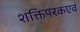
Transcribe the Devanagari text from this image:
शक्तिपरकएवं